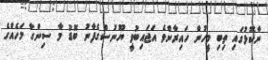
ނާކޮޅުގައި ތިބި މީހުން ހައިރާންވެ އަޖައިބުވީ ޔޫނުސްގެފާނު ބޮޑު މާ ސިންގާ މަހެއްގެ